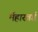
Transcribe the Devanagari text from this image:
मेंहारवर्ड